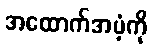
အထောက်အပံ့ကို